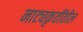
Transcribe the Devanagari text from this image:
नाट्यकृतींतील